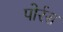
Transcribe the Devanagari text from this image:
पोर्रस